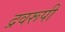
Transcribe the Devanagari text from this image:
द्रवरूपी